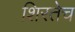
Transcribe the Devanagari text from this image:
शिरतेच